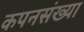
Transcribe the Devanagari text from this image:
कपनसंख्या